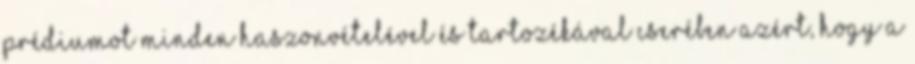
prédiumot minden haszonvételével és tartozékával cseré­ben azért, hogy a